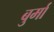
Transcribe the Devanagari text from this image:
बुर्मा